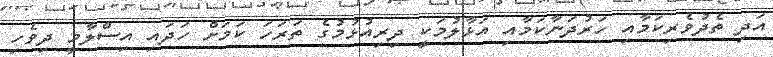
އަދި ތެދުވެރިކަމާއި ހަރުދަނާކަމާއި އަޅާލުމަކީ ދިރިިއުޅުމުގެ ތަރަހަ ކަމަށް ހަދައިި އިސްލާމީ ދިވެހި